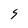
Character: 5